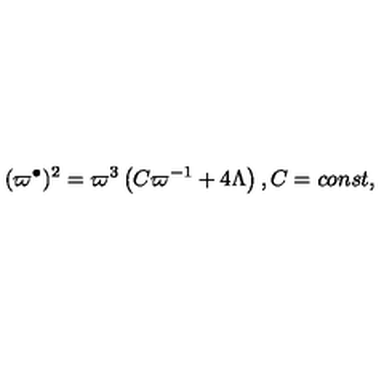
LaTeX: ( \varpi ^ { \bullet } ) ^ { 2 } = \varpi ^ { 3 } \left( C \varpi ^ { - 1 } + 4 \Lambda \right) , C = c o n s t ,